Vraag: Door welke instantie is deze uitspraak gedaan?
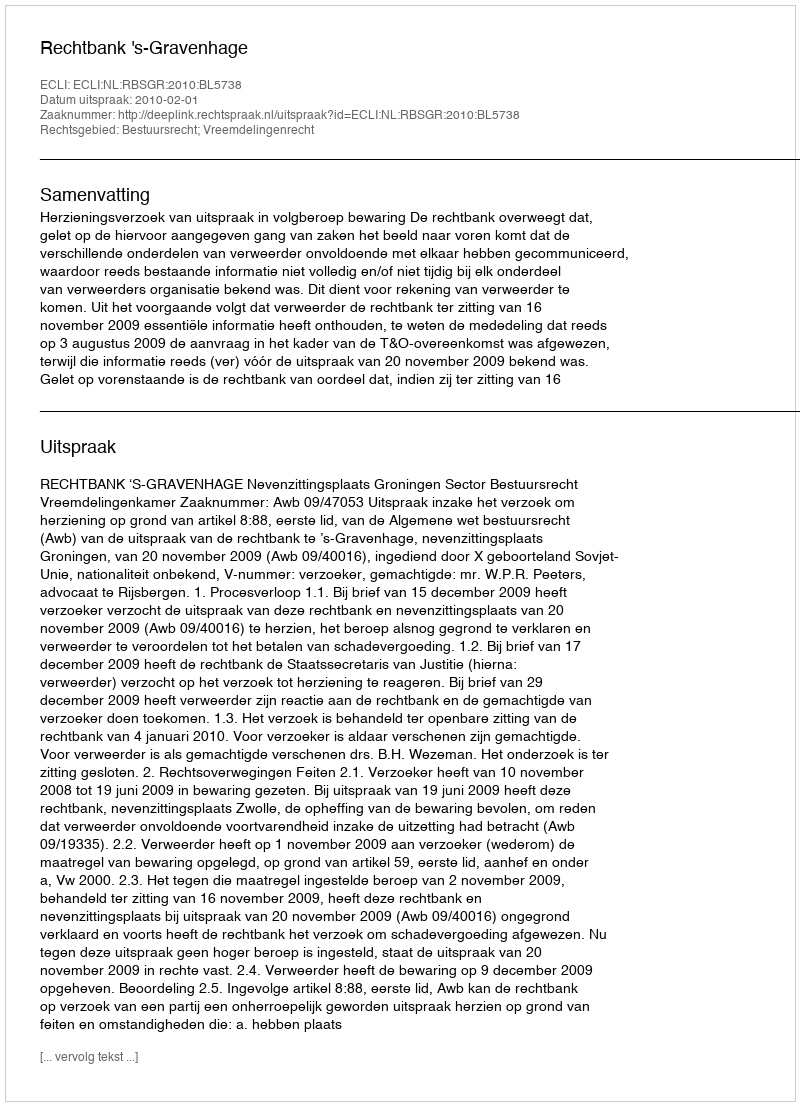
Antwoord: Rechtbank 's-Gravenhage